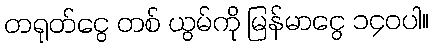
တရုတ်ငွေ တစ် ယွမ်ကို မြန်မာငွေ ၁၄၀ပါ။